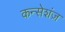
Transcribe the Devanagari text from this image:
कन्सेशंज़